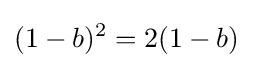
(1-b)^{2}=2(1-b)